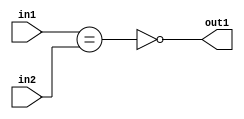
`timescale 1ps / 1ps
/*****************************************************************************
    Verilog RTL Description
    
    
    Created by: Stratus DpOpt 2019.1.01 
*******************************************************************************/

module GaussFilter_NotEQ_2Ux1U_1U_1 (
	in2,
	in1,
	out1
	); /* architecture "behavioural" */ 
input [1:0] in2;
input  in1;
output  out1;
wire  asc001,
	asc002;

assign asc002 = (in1==in2);

assign asc001 = 
	((~asc002));

assign out1 = asc001;
endmodule

/* CADENCE  ubP0QwE= : u9/ySgnWtBlWxVPRXgAZ4Og= ** DO NOT EDIT THIS LINE ******/